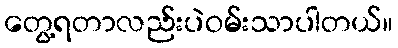
တွေ့ရတာလည်းပဲဝမ်းသာပါတယ်။